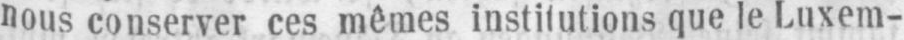
nous conserver ces mêmes institutions que le Luxem-